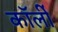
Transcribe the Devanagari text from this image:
कॉर्ली